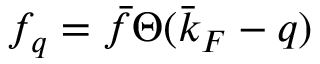
f _ { q } = \bar { f } \Theta ( \bar { k } _ { F } - q )